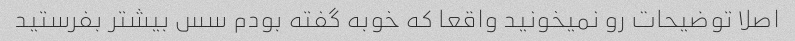
اصلا توضیحات رو نمیخونید واقعا که خوبه گفته بودم سس بیشتر بفرستید